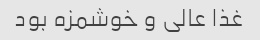
غذا عالی و خوشمزه بود